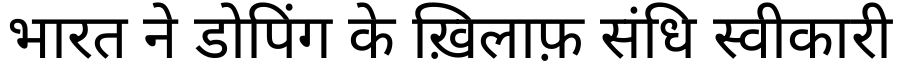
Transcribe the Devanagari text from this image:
भारत ने डोपिंग के ख़िलाफ़ संधि स्वीकारी